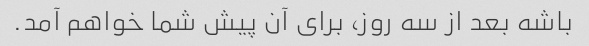
باشه بعد از سه روز، برای آن پیش شما خواهم آمد.